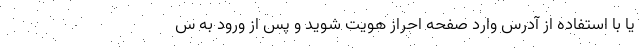
یا با استفاده از آدرس وارد صفحه احراز هویت شوید و پس از ورود به س